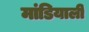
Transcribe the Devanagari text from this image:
मांडियाली